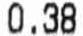
0.38